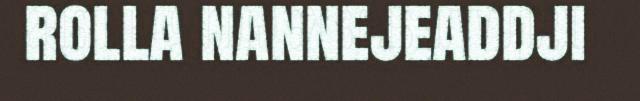
rolla nannejeaddji